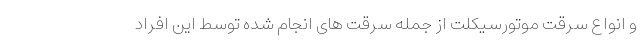
و انواع سرقت موتورسیکلت از جمله سرقت های انجام شده توسط این افراد